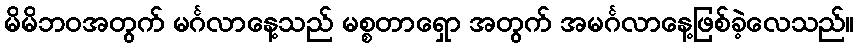
မိမိဘဝအတွက် မင်္ဂလာနေ့သည် မစ္စတာရှော အတွက် အမင်္ဂလာနေ့ဖြစ်ခဲ့လေသည်။